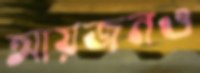
আয়জনও